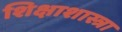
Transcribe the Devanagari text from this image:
शिक्षाशास्त्रा